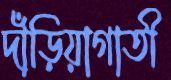
দাঁড়িয়াগাতী